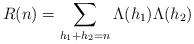
LaTeX: \begin{align*}R(n) = \sum_{h_1+h_2=n} \Lambda(h_1)\Lambda(h_2)\end{align*}